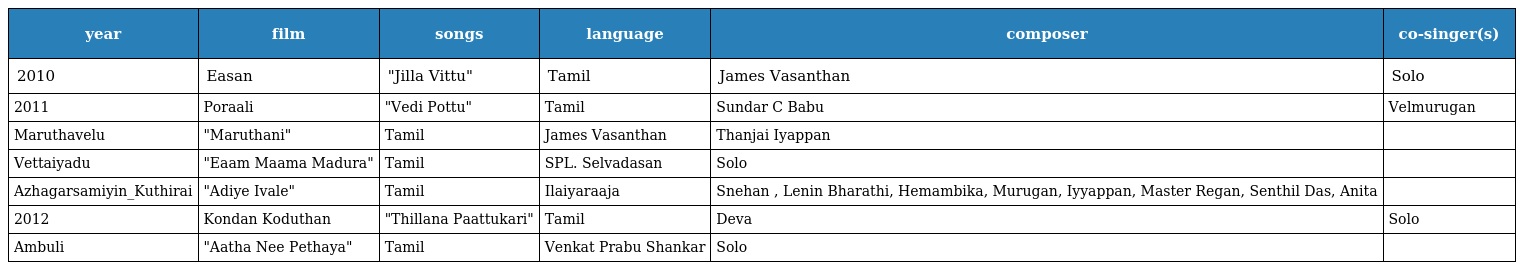
| year | film | songs | language | composer | co-singer(s) |
 | --- | --- | --- | --- | --- | --- |
 | 2010 | Easan | "Jilla Vittu" | Tamil | James Vasanthan | Solo |
 | 2011 | Poraali | "Vedi Pottu" | Tamil | Sundar C Babu | Velmurugan |
 | Maruthavelu | "Maruthani" | Tamil | James Vasanthan | Thanjai Iyappan |  |
 | Vettaiyadu | "Eaam Maama Madura" | Tamil | SPL. Selvadasan | Solo |  |
 | Azhagarsamiyin_Kuthirai | "Adiye Ivale" | Tamil | Ilaiyaraaja | Snehan , Lenin Bharathi, Hemambika, Murugan, Iyyappan, Master Regan, Senthil Das, Anita |  |
 | 2012 | Kondan Koduthan | "Thillana Paattukari" | Tamil | Deva | Solo |
 | Ambuli | "Aatha Nee Pethaya" | Tamil | Venkat Prabu Shankar | Solo |  |